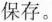
保存。